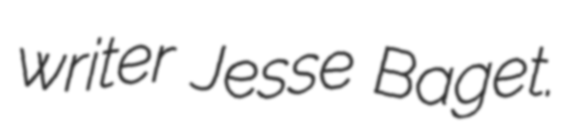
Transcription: writer Jesse Baget.